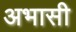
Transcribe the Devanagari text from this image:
अभासी